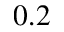
0 . 2